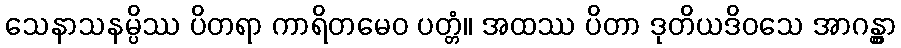
သေနာသနမ္ပိဿ ပိတရာ ကာရိတမေဝ ပတ္တံ။ အထဿ ပိတာ ဒုတိယဒိဝသေ အာဂန္တွာ